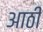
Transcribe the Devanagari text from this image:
आठी